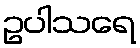
ဥပါသရေ